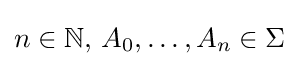
n\in \mathbb {N} ,\,A_{0},\dots ,A_{n}\in \Sigma